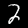
Label: 2